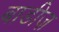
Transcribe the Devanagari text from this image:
बाडीज़